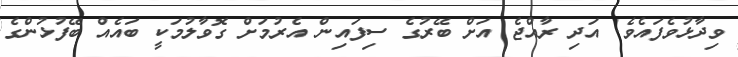
ވިދާޅުވެފައެވެ. އަދި ރާއްޖެ އަށް ބޭރުގެ ސިފައިން އެރުމަށް ގޮވާލުމަކީ ބައެއް ބޭފުޅުންގެ